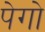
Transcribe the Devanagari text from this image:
पेगो